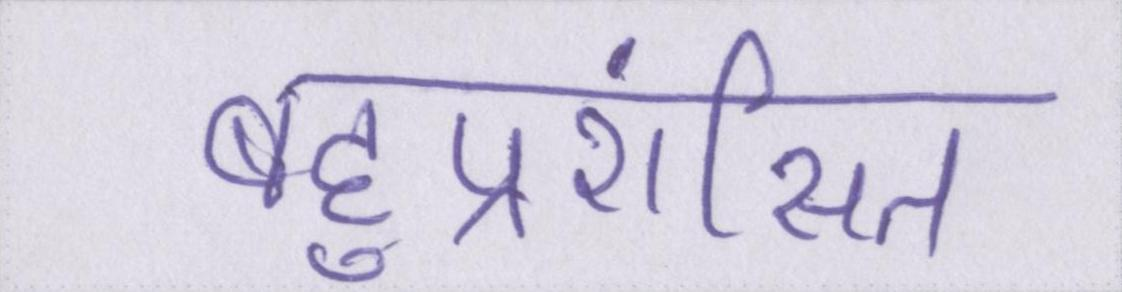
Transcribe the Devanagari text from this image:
बहुप्रशंसित